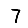
Digit: 7